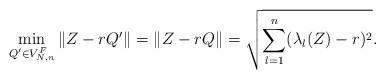
LaTeX: \begin{align*}\min_{Q' \in V_{N,n}^F}\|Z-r Q'\|=\|Z- r Q\|=\sqrt{\sum_{l=1}^n (\lambda_l(Z)-r)^2}.\end{align*}